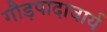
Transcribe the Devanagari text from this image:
गौड़पादाचार्य